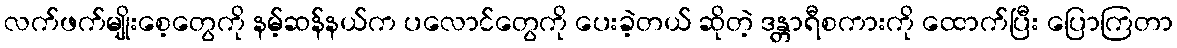
လက်ဖက်မျိုးစေ့တွေကို နမ့်ဆန်နယ်က ပလောင်တွေကို ပေးခဲ့တယ် ဆိုတဲ့ ဒန္တာရီစကားကို ထောက်ပြီး ပြောကြတာ